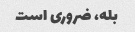
بله، ضروری است